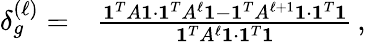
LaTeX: \begin{array}{rl}{\delta_{g}^{(\ell)}=}&{\frac{\mathbf{1}^{T}A\mathbf{1}\cdot\mathbf{1}^{T}A^{\ell}\mathbf{1}-\mathbf{1}^{T}A^{\ell+1}\mathbf{1}\cdot\mathbf{1}^{T}\mathbf{1}}{\mathbf{1}^{T}A^{\ell}\mathbf{1}\cdot\mathbf{1}^{T}\mathbf{1}}\, ,}\end{array}